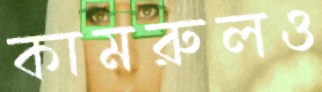
কামরুলও